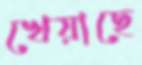
খেয়াছে